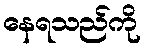
နေရသည်ကို